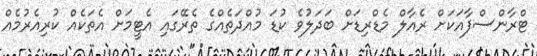
ޓްރާންސްފާއަކަށް ރެއާލް މެޑްރިޑަށް ބަދަލުވެ ކުޑަ މުއްދަތެއްގެ ތެރޭގައި އެޓީމަށް އެތަކެއް ކުރިއެރުމެއް